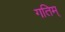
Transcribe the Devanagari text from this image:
गतिम्